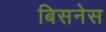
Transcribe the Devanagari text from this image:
बिसनेस